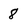
Character: 8